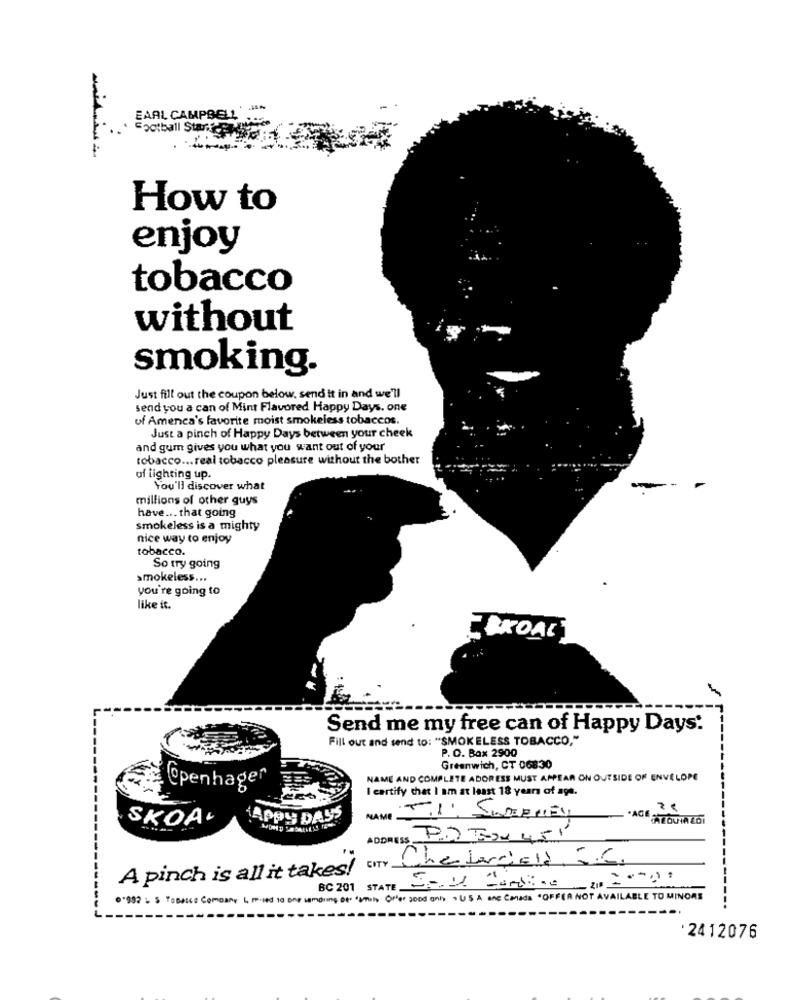
EARL CAMPBELL' "
Football Stark
How to
enjoy
tobacco
without
smoking.
Just fill out the coupon below, send It in and we'll
send you a can of Mint Flavored Happy Days. one
of Amenca's favorite moist smokeless tobaccos.
Just a pinch of Happy Days between your cheek
and gum gives you what you want out of your
tobacco ... real tobacco pleasure without the bother
uf lighting up
You'll discover what
millions of other guys
have ... that going
smokeless is a mighty
nice way to enjoy
tobacco.
So try going
smokeless ...
you're going to
like it.
SKOAL
Send me my free can of Happy Days:
Fill out and send to: "SMOKELESS TOBACCO,"
P. O. Box 2900
Greenwich, CT 06830
NAME AND COMPLETE ADORESS MUST APPEAR ON OUTSIDE OF ENVELOPE
@penhagen
I certify that I am at least 18 years of age.
SKOA+
APPy DASS
NAME
·AGÉ ATOUTAZOI
ADDRESS P.) TOU 451
CITY
Chedardield iC.
A pinch is all it takes!
BC 201 STATE
PoBrice Company L Piled 10 one camping of. "smily Offer good only . US A ane Canada "OFFER NOT AVAILABLE TO MINORS
2412076